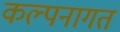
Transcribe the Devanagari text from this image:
कल्पनागत